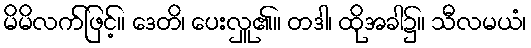
မိမိလက်ဖြင့်။ ဒေတိ၊ ပေးလှူ၏။ တဒါ၊ ထိုအခါ၌။ သီလမယံ၊